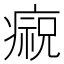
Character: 𤹙